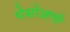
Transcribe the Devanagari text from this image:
पेसोआची